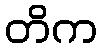
တိက